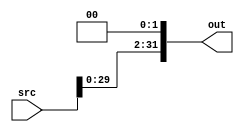
module leftshift2 #(parameter WIDTH = 32) (
    input [WIDTH-1  : 0] src,
    output [WIDTH-1 : 0] out
    );

    assign out = src << 2;

endmodule // leftshift2

//
// module leftshift2_tb ();
//
//     reg [31:0] src;
//     wire [31:0] out;
//
//     leftshift2 ls2(src, out);
//
//     initial begin
//         $monitor("src: %b(%h)\nout: %b(%h)", src, src, out, out);
//         # 10
//         src = 32'h80000000;
//         # 10
//         src = 32'hdeadbeef;
//         # 10
//         src = 32'hffffffff;
//         # 10
//         src = 32'h00000000;
//         # 10
//         src = 32'h80000001;
//         # 10
//         src = 32'h80000000;
//     end
//
// endmodule // leftshift2_tb